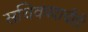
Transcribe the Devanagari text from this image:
सचिवपदाचीही